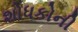
શોધકોની